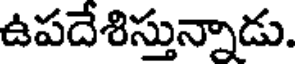
ఉపదేశిస్తున్నాడు.